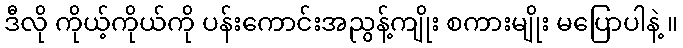
ဒီလို ကိုယ့်ကိုယ်ကို ပန်းကောင်းအညွန့်ကျိုး စကားမျိုး မပြောပါနဲ့ ။